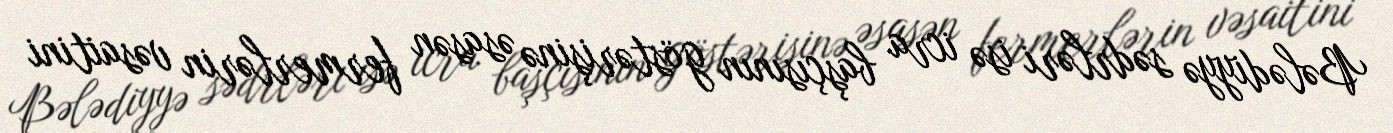
Bələdiyyə sədrləri isə icra başçısının göstərişinə əsasən fermerlərin vəsaitini